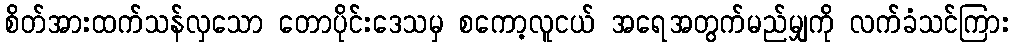
စိတ်အားထက်သန်လှသော တောပိုင်းဒေသမှ စကော့လူငယ် အရေအတွက်မည်မျှကို လက်ခံသင်ကြား